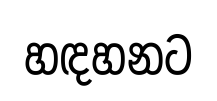
හඳහනට